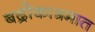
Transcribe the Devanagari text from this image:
बद्रीकाश्रमात